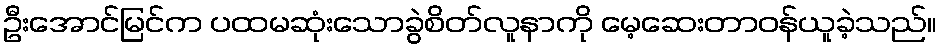
ဦးအောင်မြင်က ပထမဆုံးသောခွဲစိတ်လူနာကို မေ့ဆေးတာဝန်ယူခဲ့သည်။